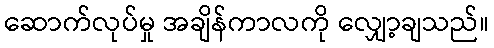
ဆောက်လုပ်မှု အချိန်ကာလကို လျှော့ချသည်။